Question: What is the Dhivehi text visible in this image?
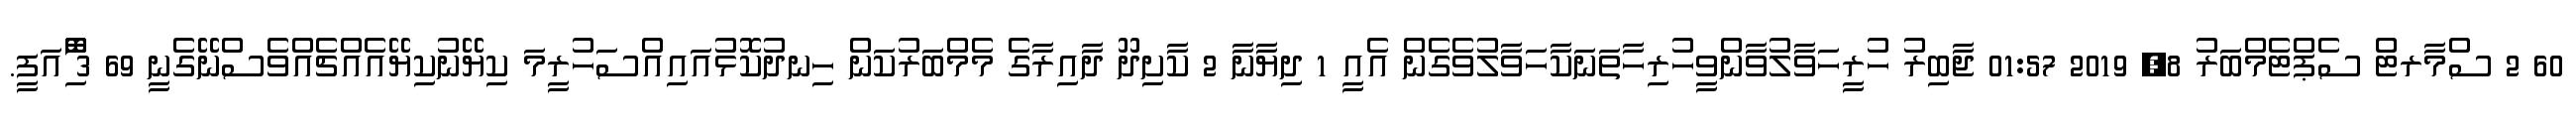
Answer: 60 2 ސްމާރޓް ސެޕްޓެމްބަރު 8, 2019 01:57 ޖާބިރު ހުރީހަވާލުވާންވީހުރިހާތަނަކާހަވާލުވެގެން އެއީ 1 ދިޔާނާ 2 ކާށިދޫ ދާއިރާގެ މެމްބަރުކަން ހިނދުކޮޅުއައިއްސަހުރީމަ ކިޔޭނުކިޔޭއެއްޗެއްވެސްނޭގެނީ 69 3 ާަަަަަެެެޮޮިުއަފީ.